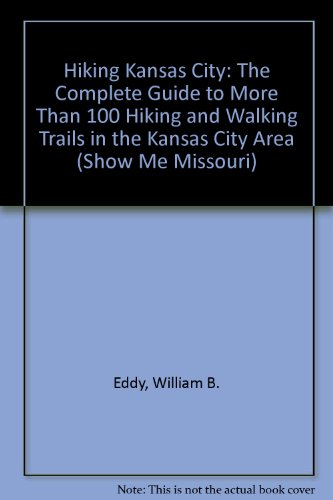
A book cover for Hiking Kansas City: The Complete Guide to More Than 100 Hiking and Walking Trails in the Kansas City Area (Show Me Missouri); William B. Eddy; Travel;